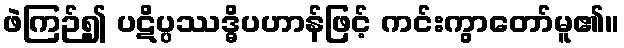
ဖဲကြဉ်၍ ပဋိပ္ပဿဒ္ဓိပဟာန်ဖြင့် ကင်းကွာတော်မူ၏။